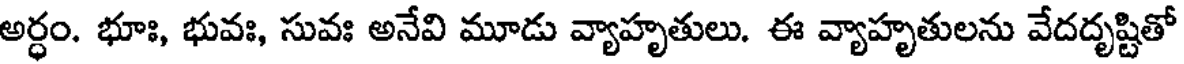
అర్ధం. భూః, భువః, సువః అనేవి మూడు వ్యాహృతులు. ఈ వ్యాహృతులను వేదదృష్టితో